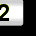
Digit: 2